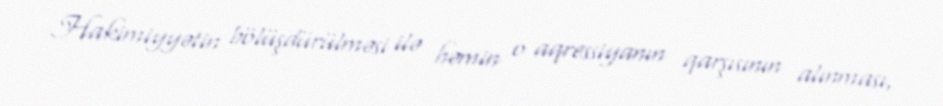
Hakimiyyətin bölüşdürülməsi ilə həmin o aqressiyanın qarşısının alınması,